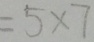
= 5 \times 7